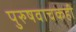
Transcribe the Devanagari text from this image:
पुरुषवाचकही